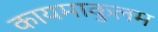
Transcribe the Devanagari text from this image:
कायमाकुलम